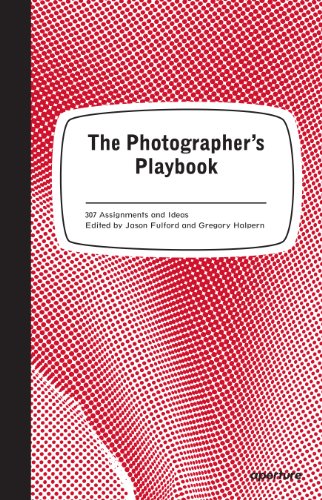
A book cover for The Photographer's Playbook: 307 Assignments and Ideas; Arts & Photography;